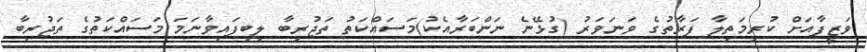
ވަޒީފާއަށް ކުރިމަތިލާ ފަރާތުގެ ވަނަވަރު (ގުޅޭނެ ނަންބަރާއެކު)މަސައްކަތު ތަޖުރިބާ ލިބިފައިވާނަމަ މަސައްކަތުގެ ތަޖުރިބާ